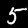
Label: 5